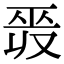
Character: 𢀣